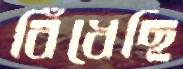
বিঁধেছি